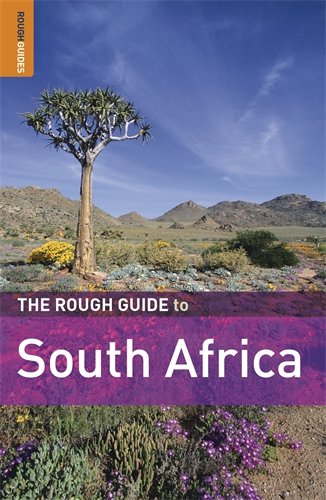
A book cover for The Rough Guide to South Africa (Rough Guide to South Africa, Lesotho & Swaziland); Barbara McCrea; Travel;